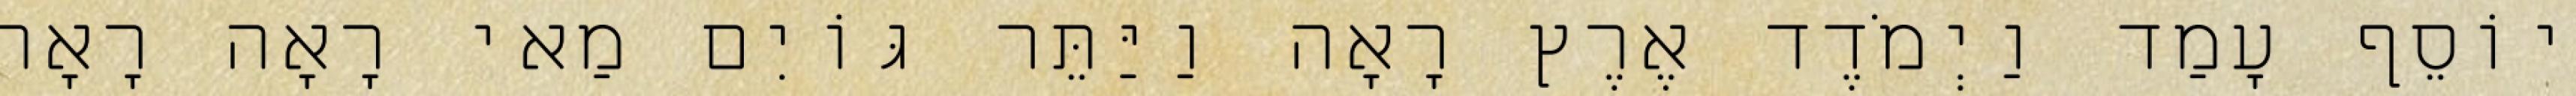
יוֹסֵף עָמַד וַיְמֹדֶד אֶרֶץ רָאָה וַיַּתֵּר גּוֹיִם מַאי רָאָה רָאָה